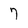
Character: 7